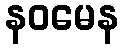
နဝမေန